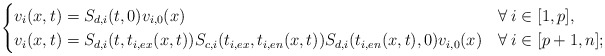
\begin{align*} \begin{cases} v_i(x,t)=S_{d,i}(t,0)v_{i,0}(x) & \forall\:i\in[1,p],\\ v_i(x,t)=S_{d,i}(t,t_{i,ex}(x,t))S_{c,i}(t_{i,ex},t_{i,en}(x,t))S_{d,i}(t_{i,en}(x,t),0)v_{i,0}(x) & \forall\:i\in[p+1,n]; \end{cases} \end{align*}